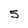
Character: 5